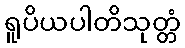
ရူပိယပါတိသုတ္တံ